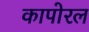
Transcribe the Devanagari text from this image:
कापोरल